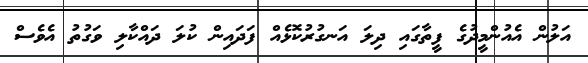
އަލުން އެއުންމީދުގެ ފީތާގައި ދިލަ އަނގުރުކޮޅެއް ފަދައިން ކުލަ ދައްކާލި ވަގުތު އެވެސް